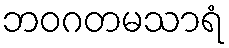
ဘဝဂတမသာရံ